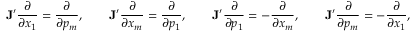
{ \bf J } ^ { \prime } \frac { \partial } { \partial x _ { 1 } } = \frac { \partial } { \partial p _ { m } } , \qquad { \bf J } ^ { \prime } \frac { \partial } { \partial x _ { m } } = \frac { \partial } { \partial p _ { 1 } } , \qquad { \bf J } ^ { \prime } \frac { \partial } { \partial p _ { 1 } } = - \frac { \partial } { \partial x _ { m } } , \qquad { \bf J } ^ { \prime } \frac { \partial } { \partial p _ { m } } = - \frac { \partial } { \partial x _ { 1 } } , \qquad